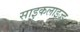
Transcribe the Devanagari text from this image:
साइकलाइज्ड